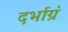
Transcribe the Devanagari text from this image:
दर्भाग्रं